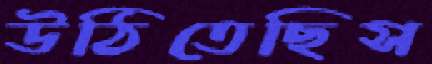
উঠিতেছিস